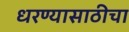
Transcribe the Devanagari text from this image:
धरण्यासाठीचा